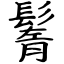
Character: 鬌